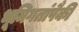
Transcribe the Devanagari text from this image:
भूमिगतांपैकी